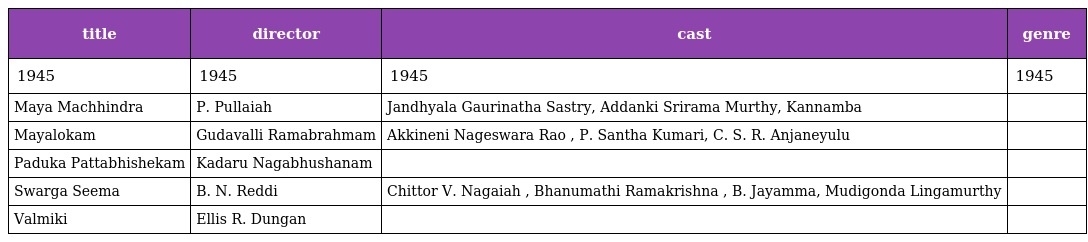
| title | director | cast | genre |
 | --- | --- | --- | --- |
 | 1945 | 1945 | 1945 | 1945 |
 | Maya Machhindra | P. Pullaiah | Jandhyala Gaurinatha Sastry, Addanki Srirama Murthy, Kannamba |  |
 | Mayalokam | Gudavalli Ramabrahmam | Akkineni Nageswara Rao , P. Santha Kumari, C. S. R. Anjaneyulu |  |
 | Paduka Pattabhishekam | Kadaru Nagabhushanam |  |  |
 | Swarga Seema | B. N. Reddi | Chittor V. Nagaiah , Bhanumathi Ramakrishna , B. Jayamma, Mudigonda Lingamurthy |  |
 | Valmiki | Ellis R. Dungan |  |  |